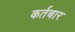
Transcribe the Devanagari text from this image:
कर्तबार